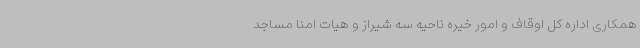
همکاری اداره کل اوقاف و امور خیره ناحیه سه شیراز و هیات امنا مساجد